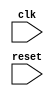
module almost_empty_fifo_timing_control (
    input wire clk,
    input wire reset,
    // other input signals, parameters, and ports
    
    // timing control implementation
);

// verilog code for timing control block

endmodule